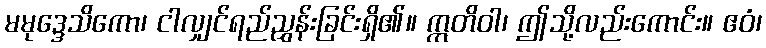
မမုဒ္ဒေသိကော၊ ငါလျှင်ရည်ညွှန်းခြင်းရှိ၏။ ဣတိဝါ၊ ဤသို့လည်းကောင်း။ ဧဝံ၊